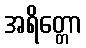
အရိတ္တော